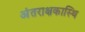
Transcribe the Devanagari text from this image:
अंतराक्षकास्थि